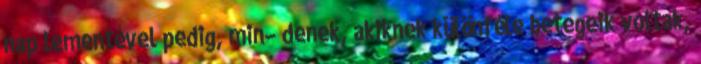
nap lementével pedig, min− denek, akiknek különféle betegeik voltak,